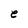
Character: e